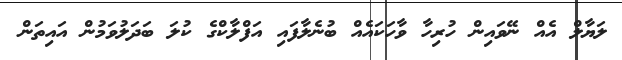
ލަޔާލް އެއް ނޭވައިން ހުރިހާ ވާހަކައެއް ބުނެލާފައި އަފްލާކްގެ ކުލަ ބަދަލުވަމުން އައިތަން